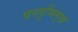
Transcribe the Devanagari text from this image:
वस्तुभिमुख